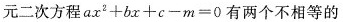
元二次方程$$ax^{2}+bx+c-m=0$$有两个不相等的